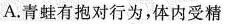
A.青蛙有抱对行为，体内受精